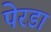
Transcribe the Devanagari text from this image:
पेरडा